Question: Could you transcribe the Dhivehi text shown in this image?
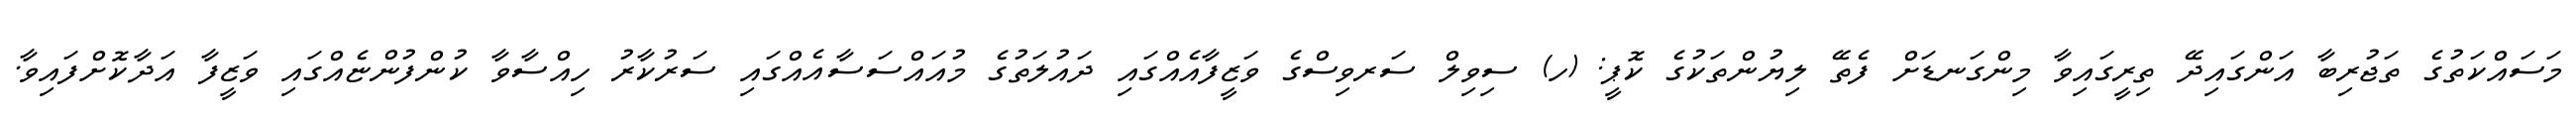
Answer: މަސައްކަތުގެ ތަޖުރިބާ އަންގައިދޭ ތިރީގައިވާ މިންގަނޑަށް ފެތޭ ލިޔުންތަކުގެ ކޮޕީ: (ހ) ސިވިލް ސަރވިސްގެ ވަޒީފާއެއްގައި ދައުލަތުގެ މުއައްސަސާއެއްގައި ސަރުކާރު ހިއްސާވާ ކުންފުންޏެއްގައި ވަޒީފާ އަދާކޮށްފައިވާ.